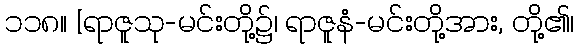
၁၁၈။ [ရာဇူသု-မင်းတို့၌၊ ရာဇူနံ-မင်းတို့အား, တို့၏၊